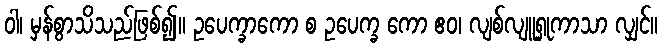
ဝါ၊ မှန်စွာသိသည်ဖြစ်၍။ ဥပေက္ခာကော စ ဥပေက္ခ ကော ဧဝ၊ လျစ်လျူရှုကာသာ လျှင်။